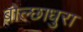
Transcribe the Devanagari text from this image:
बोल्छाधुरा